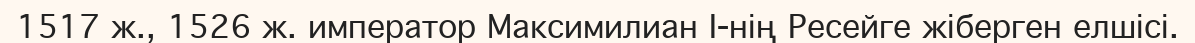
1517 ж., 1526 ж. император Максимилиан I-нің Ресейге жіберген елшісі.